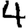
Digit: 4